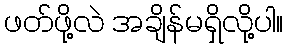
ဖတ်ဖို့လဲ အချိန်မရှိလို့ပါ။